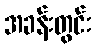
အခန်းတွင်း